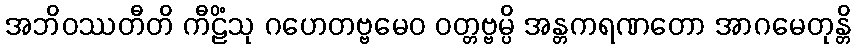
အဘိဝဿတီတိ ကီဠိံသု ဂဟေတဗ္ဗမေဝ ဝတ္တဗ္ဗမ္ပိ အန္တကရဏတော အာဂမေတုန္တိ